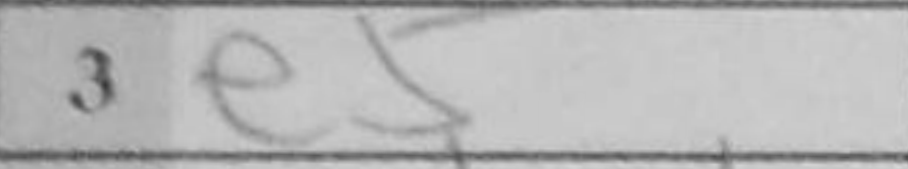
Transcription: e5